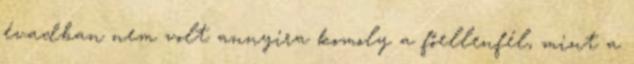
évadban nem volt annyira komoly a főellenfél, mint a